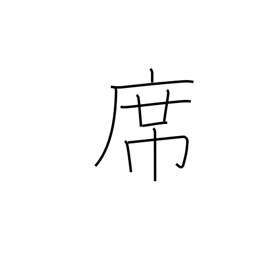
Meaning: seat